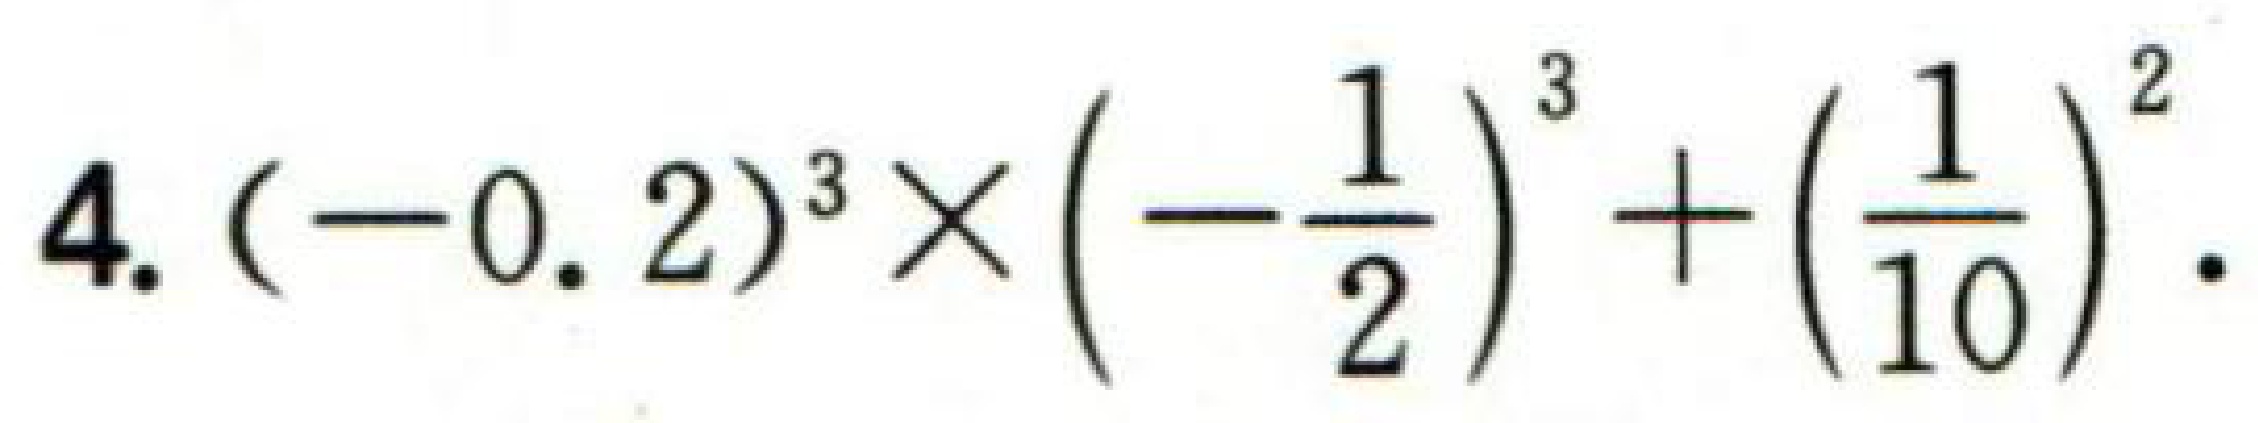
4. \((-0.2)^{3}\times\left(-\frac{1}{2}\right)^{3}+\left(\frac{1}{10}\right)^{2}\).